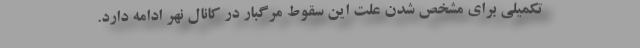
تکمیلی برای مشخص شدن علت این سقوط مرگبار در کانال نهر ادامه دارد.